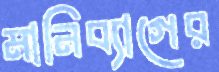
মানিব্যাগের